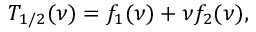
T _ { 1 / 2 } ( \nu ) = f _ { 1 } ( \nu ) + { \nu } f _ { 2 } ( \nu ) ,